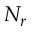
N _ { r }